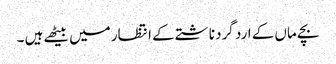
بچے ماں کے ارد گرد ناشتے کے انتظار میں بیٹھے ہیں ۔